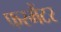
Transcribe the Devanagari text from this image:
फरमैंटर